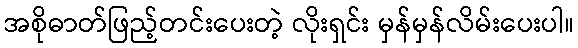
အစိုဓာတ်ဖြည့်တင်းပေးတဲ့ လိုးရှင်း မှန်မှန်လိမ်းပေးပါ။